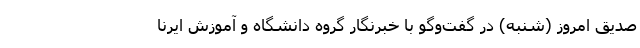
صدیق امروز (شنبه) در گفت‌وگو با خبرنگار گروه دانشگاه و آموزش ایرنا